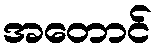
အတောင်